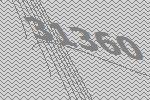
31360